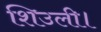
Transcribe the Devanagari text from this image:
शिउली।